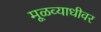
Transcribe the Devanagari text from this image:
मूळव्याधीवर